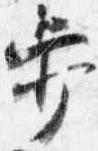
歩